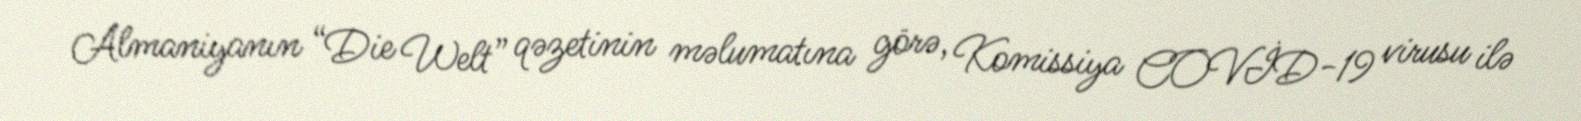
Almaniyanın “Die Welt” qəzetinin məlumatına görə, Komissiya COVİD-19 virusu ilə